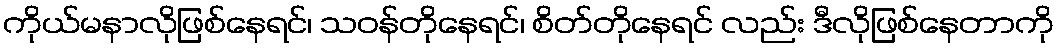
ကိုယ်မနာလိုဖြစ်နေရင်၊ သဝန်တိုနေရင်၊ စိတ်တိုနေရင် လည်း ဒီလိုဖြစ်နေတာကို